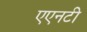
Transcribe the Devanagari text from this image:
एएनटी